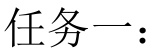
任务一：